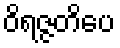
ဝိရဇ္ဇတိပေ